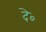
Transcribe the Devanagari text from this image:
दे०